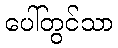
ပေါ်တွင်သာ